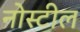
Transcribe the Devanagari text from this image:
नोस्टील